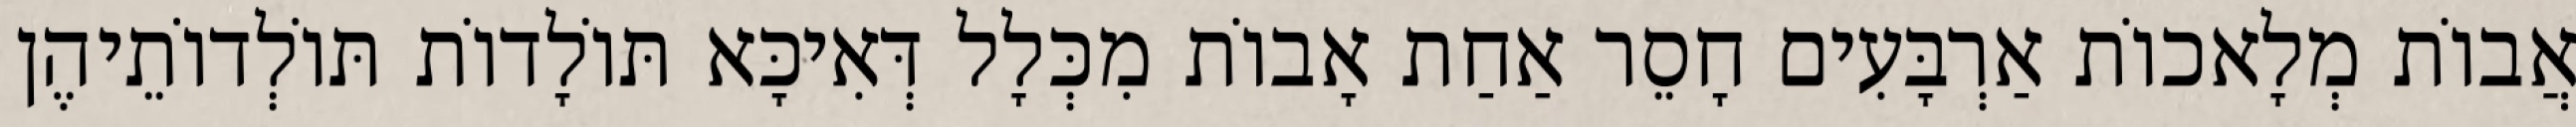
אֲבוֹת מְלָאכוֹת אַרְבָּעִים חָסֵר אַחַת אָבוֹת מִכְּלָל דְּאִיכָּא תּוֹלָדוֹת תּוֹלְדוֹתֵיהֶן